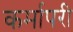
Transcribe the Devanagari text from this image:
कर्मापरी